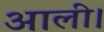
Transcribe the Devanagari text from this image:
आली।